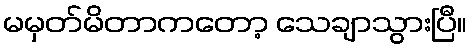
မမှတ်မိတာကတော့ သေချာသွားပြီ။